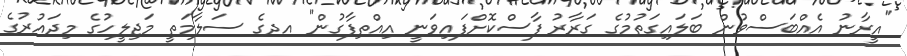
"އީރާނު އެއްބަސްވުން ބަލައިގަތުމުގެ ގަރާރު ފާސްކޮށްފައިވަނީ އިއްތިފާގުން" އދގެ ސަލާމަތީ މަޖިލީހުގެ މިދައުރުގެ